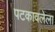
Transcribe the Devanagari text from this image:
पटकावलेला